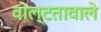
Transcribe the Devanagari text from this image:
वोल्टतावाले